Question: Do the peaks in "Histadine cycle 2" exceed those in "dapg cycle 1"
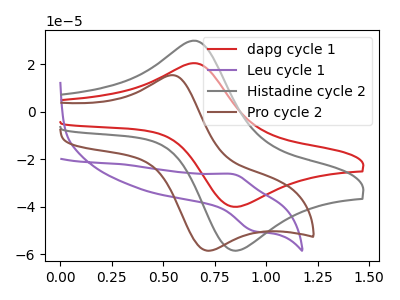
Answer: <think>The red curve "dapg cycle 1" has an anodic peak at (0.65V, 20.50uA) and a cathodic peak at (0.85V, -39.85uA). The purple curve "Leu cycle 1" has an anodic peak at (0.85V, -26.20uA) and a cathodic peak at (0.95V, -50.20uA). The gray curve "Histadine cycle 2" has an anodic peak at (0.65V, 30.00uA) and a cathodic peak at (0.85V, -58.20uA). The brown curve "Pro cycle 2" has an anodic peak at (0.55V, 15.45uA) and a cathodic peak at (0.70V, -58.50uA).</think>
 <answer>Every peak in "Histadine cycle 2" is higher than every peak in "dapg cycle 1".</answer>
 <eval>higher</eval>